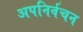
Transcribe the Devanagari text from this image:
अपनिर्वचन